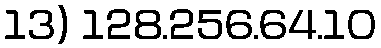
13) 128.256.64.10